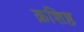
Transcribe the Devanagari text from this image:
क्रशिष्ठ